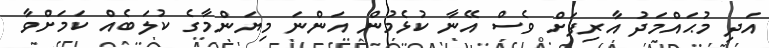
އަދި މުޙައްމަދު އާރިފަށް ވެސް އޭނާ ކުޅެމުން އަންނަ މިޔަންމާގެ ކުލަބެއް ކަމަށްވާ